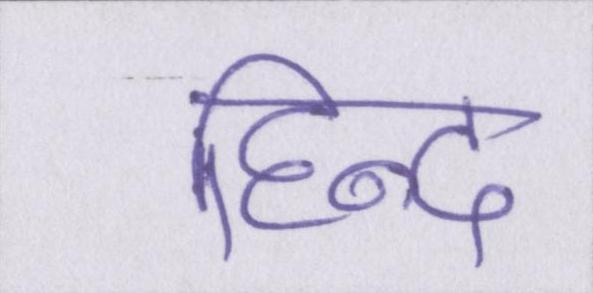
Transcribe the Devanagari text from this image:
हिन्द